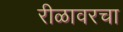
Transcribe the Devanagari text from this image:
रीळावरचा